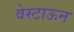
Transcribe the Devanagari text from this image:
वेस्टाऊन